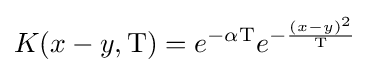
K(x-y,\mathrm {T} )=e^{-\alpha \mathrm {T} }e^{-{\frac {(x-y)^{2}}{\mathrm {T} }}}